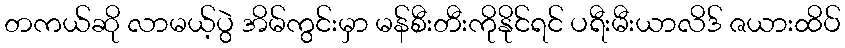
တကယ်ဆို လာမယ့်ပွဲ အိမ်ကွင်းမှာ မန်စီးတီးကိုနိုင်ရင် ပရီးမီးယာလိဒ် ဇယားထိပ်